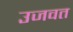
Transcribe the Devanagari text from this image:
उजवत